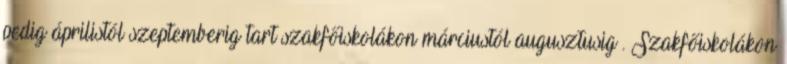
pedig áprilistól szeptemberig tart szakfőiskolákon márciustól augusztusig . Szakfőiskolákon